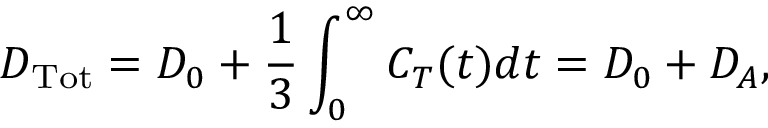
D _ { \mathrm { T o t } } = D _ { 0 } + \frac { 1 } { 3 } \int _ { 0 } ^ { \infty } C _ { T } ( t ) d t = D _ { 0 } + D _ { A } ,